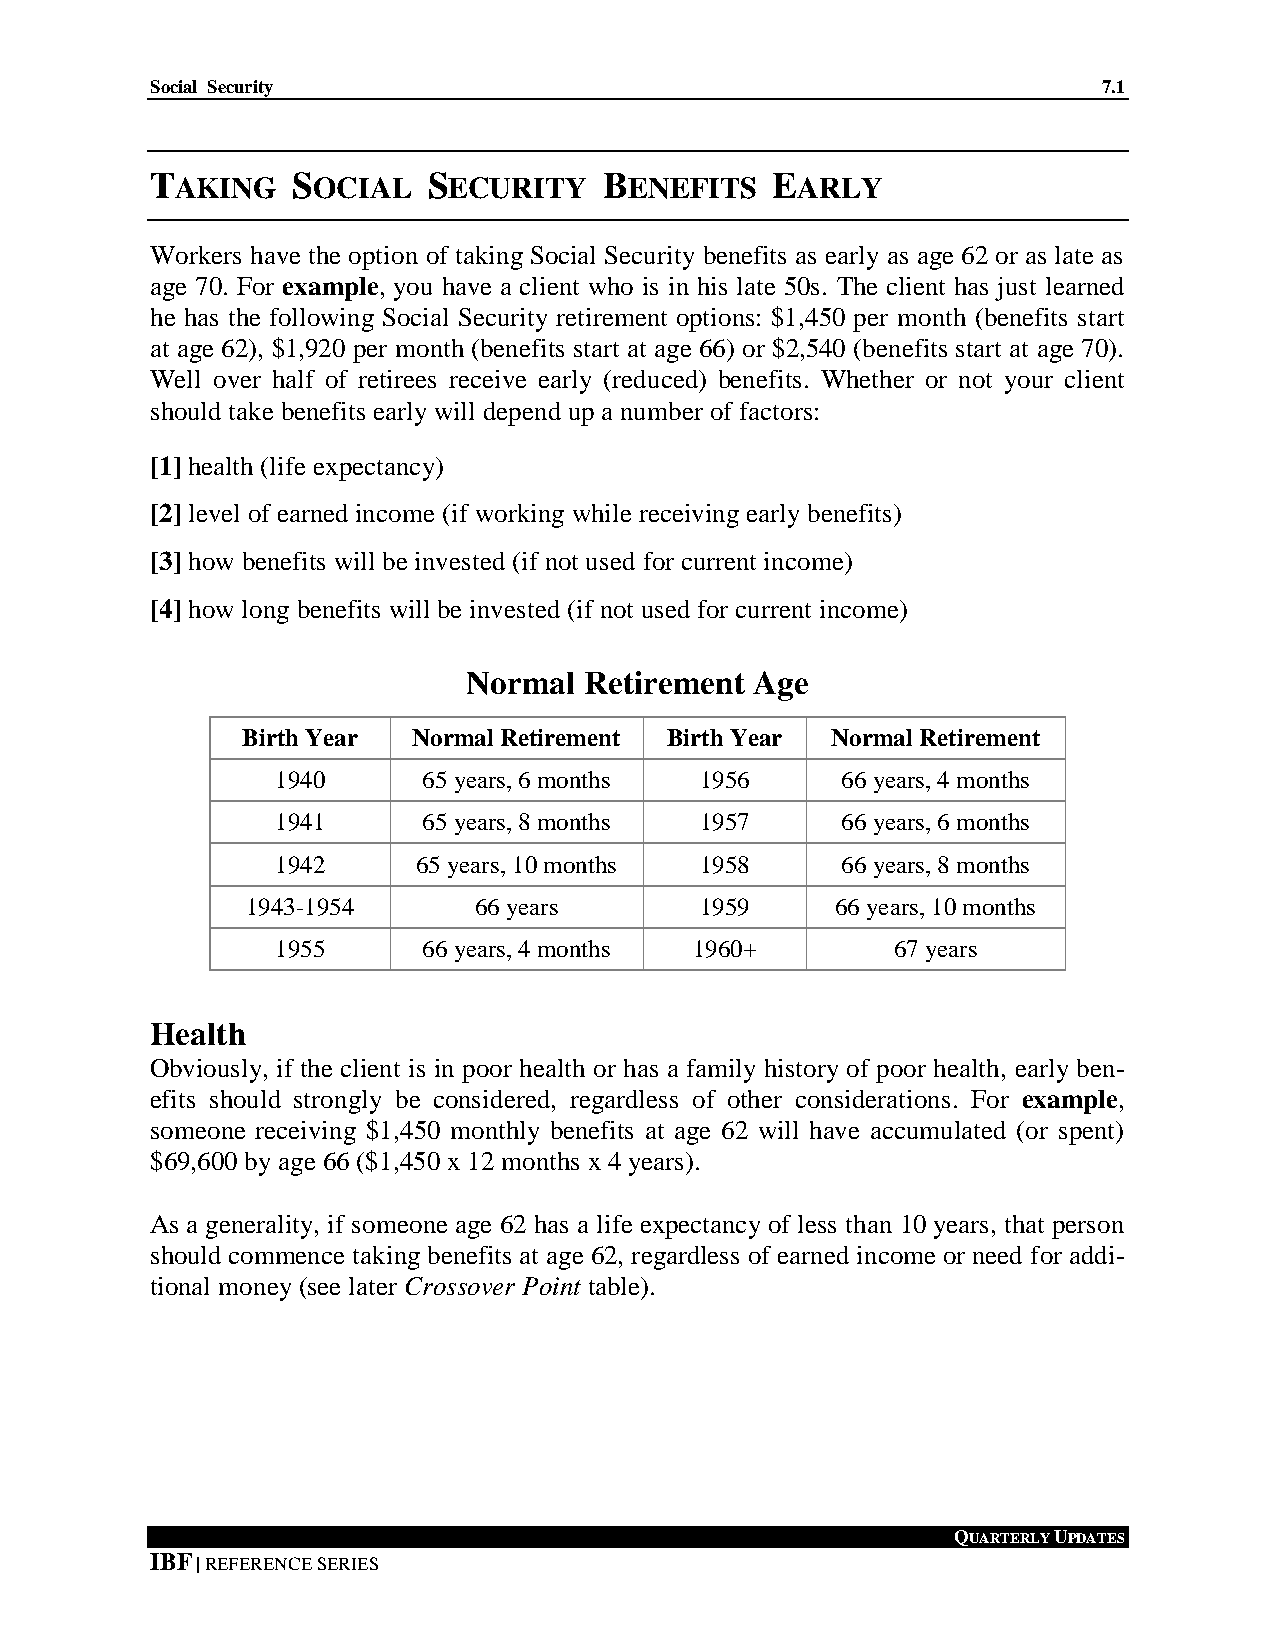
Social Security                                                7.1
 7.TAKING  SOCIAL   SECURITY    BENEFITS   EARLY
 Workers have the option of taking Social Security benefits as early as age 62 or as late as
 age 70. For example, you have a client who is in his late 50s. The client has just learned
 he has the following Social Security retirement options: $1,450 per month (benefits start
 at age 62), $1,920 per month (benefits start at age 66) or $2,540 (benefits start at age 70).
 Well over half of retirees receive early (reduced) benefits. Whether or not your client
 should take benefits early will depend up a number of factors:
 [1] health (life expectancy)
 [2] level of earned income (if working while receiving early benefits)
 [3] how benefits will be invested (if not used for current income)
 [4] how long benefits will be invested (if not used for current income)
 Normal  Retirement Age
 Birth Year Normal Retirement Birth Year Normal Retirement
 1940      65 years, 6 months 1956     66 years, 4 months
 1941      65 years, 8 months 1957     66 years, 6 months
 1942      65 years, 10 months 1958    66 years, 8 months
 1943-1954      66 years       1959     66 years, 10 months
 1955      66 years, 4 months 1960+       67 years
 Health
 Obviously, if the client is in poor health or has a family history of poor health, early ben-
 efits should strongly be considered, regardless of other considerations. For example,
 someone receiving $1,450 monthly benefits at age 62 will have accumulated (or spent)
 $69,600 by age 66 ($1,450 x 12 months x 4 years).
 As a generality, if someone age 62 has a life expectancy of less than 10 years, that person
 should commence taking benefits at age 62, regardless of earned income or need for addi-
 tional money (see later Crossover Point table).
 QUARTERLY UPDATES
 IBF | REFERENCE SERIES